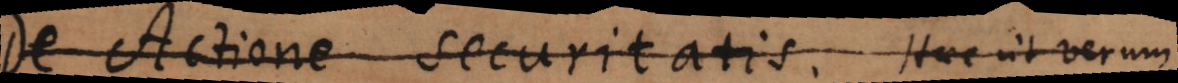
De Actione securitatis. Haec ut verum